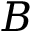
B